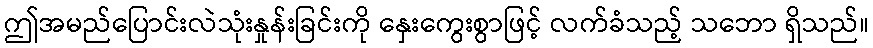
ဤအမည်ပြောင်းလဲသုံးနှုန်းခြင်းကို နှေးကွေးစွာဖြင့် လက်ခံသည့် သဘော ရှိသည်။